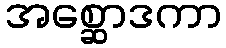
အစ္ဆောဒကာ